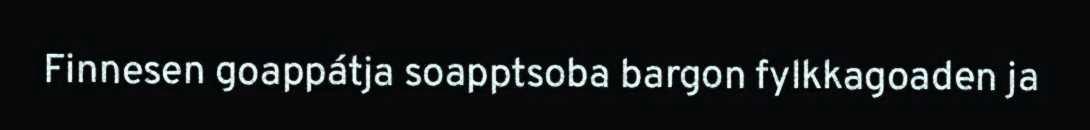
Finnesen goappátja soapptsoba bargon fylkkagoaden ja